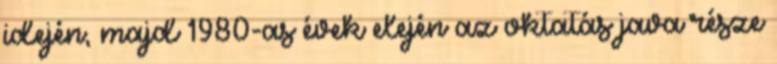
idején, majd 1980-as évek elején az oktatás java része